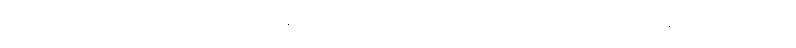
ဦးအားဖာဟာ တာချီလိတ်မြို့၊ ဝိန်းကျောက်ရပ်ကွက်၊ အာခါစျေးမီးပွိုင့်မှာ မီးနီမိတာကြောင့်